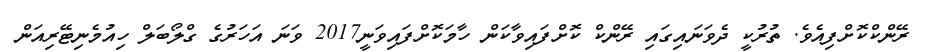
ރޭންކްކޮށްފިއެވެ. ތުރުކީ ދެވަނައިގައި ރޭންކް ކޮށްފައިވާކަން ހާމަކޮށްފައިވަނީ2017 ވަނަ އަހަރުގެ ގްލޯބަލް ހިއުމެނިޓޭރިއަން